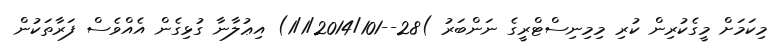
މިކަމަށް މީގެކުރިން ކުރި މިމިނިސްޓްރީގެ ނަންބަރު )28--1/1/2014/101) އިޢުލާނާ ގުޅިގެން އެއްވެސް ފަރާތަކުން